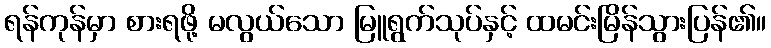
ရန်ကုန်မှာ စားရဖို့ မလွယ်သော မြူရွက်သုပ်နှင့် ထမင်းမြိန်သွားပြန်၏။